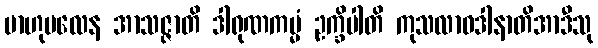
ဗာဟုဗလေန အာသဇ္ဇာတိ ဒါရုဏကမ္မံ ဥက္ခိပါတိ ကုသလာဝဒါနာတိအာဒီသု